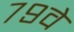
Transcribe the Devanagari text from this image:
७९वे